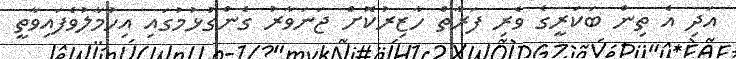
އަދި އެ ތިން ބަކަރީގެ ވެރި ފަރާތް ހާޒިރުކޮށް ޖަނަވާރު ގެންގުޅުމުގައި އިހުމާލުވެފައިވާތީ